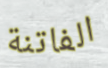
الفاتنة